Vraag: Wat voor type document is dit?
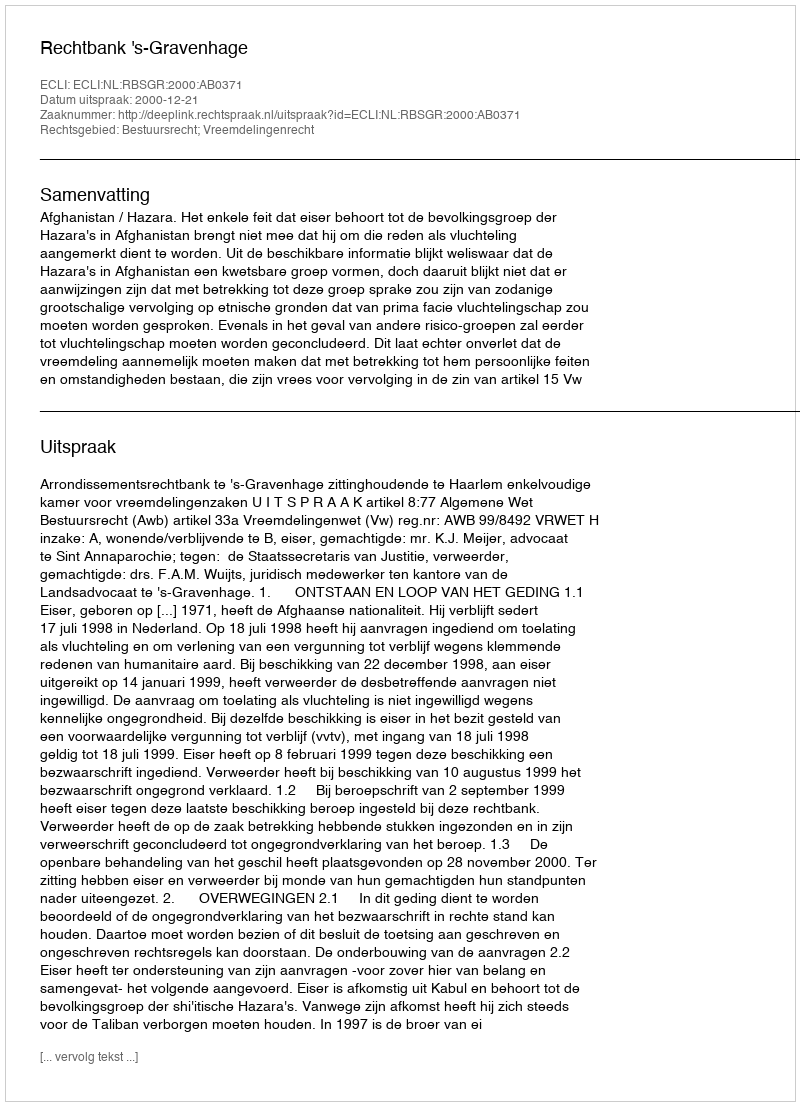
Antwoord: Uitspraak